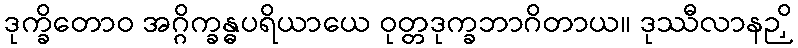
ဒုက္ခိတောဝ အဂ္ဂိက္ခန္ဓပရိယာယေ ဝုတ္တဒုက္ခဘာဂိတာယ။ ဒုဿီလာနဉှိ